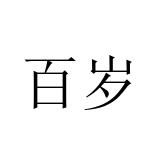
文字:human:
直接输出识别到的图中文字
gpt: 百岁